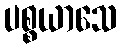
ပစ္စယာသေ